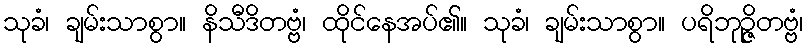
သုခံ၊ ချမ်းသာစွာ။ နိသီဒိတဗ္ဗံ၊ ထိုင်နေအပ်၏။ သုခံ၊ ချမ်းသာစွာ။ ပရိဘုဉ္ဇိတဗ္ဗံ၊